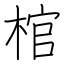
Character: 棺